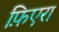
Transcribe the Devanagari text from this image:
फ़िएरा